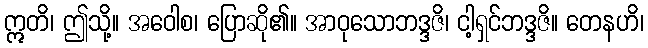
ဣတိ၊ ဤသို့။ အဝေါစ၊ ပြောဆို၏။ အာဝုသောဘဒ္ဒဇိ၊ ငါ့ရှင်ဘဒ္ဒဇိ။ တေနဟိ၊